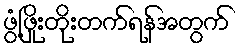
ဖွံ့ဖြိုးတိုးတက်ရန်အတွက်